Madras plague regulations in force outside the Presidency town - Volume 2
Disease focus: Plague
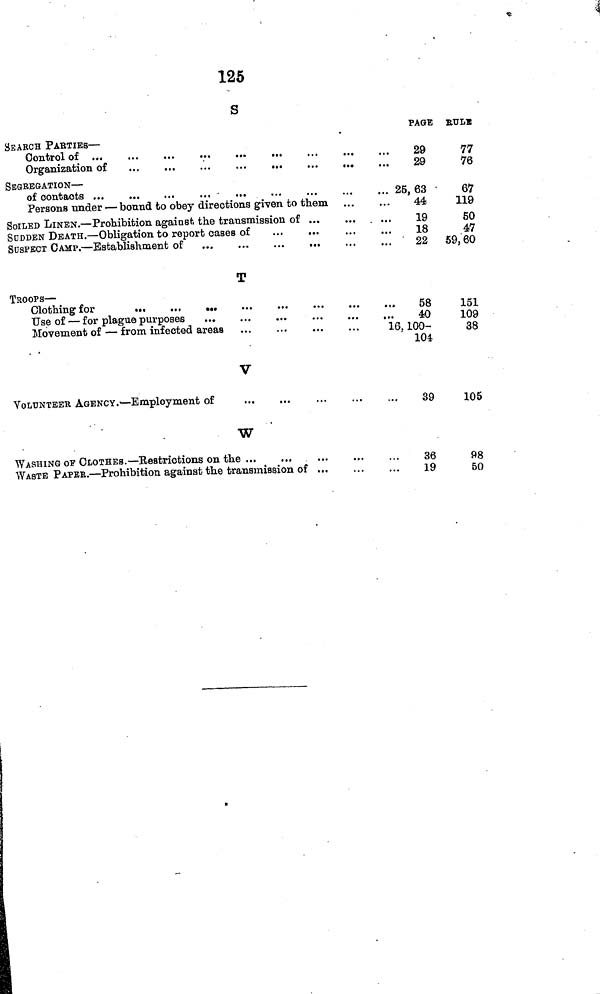
125
s
PAGE BULE
SEARCH PARTIES—
Control of
29
77
Organization of
29
76
SEGREGATION—
of contacts
25,63
67
Persons under — bound to obey directions given to them
44
119
SOILED LINEN.—Prohibition against, the transmission of
19
50
SUDDEN DEATH.—Obligation to report cases of
18
47
SUSPECT CAMP.—Establishment of
22 59,60
T
TROOPS—
Clothing for
58
151
Use of — for plague purposes
40
109
Movement of — from infected areas
16,100-
38
104
V
VOLUNTEER AGENCY.—Employment of
39
105
W
WASHING OF CLOTHES.—Restrictions on the
36
98
WASTE PAPER.—Prohibition against the transmission of
19
50